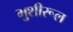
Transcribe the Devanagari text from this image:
मुशीरूल